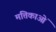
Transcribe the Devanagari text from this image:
मत्तिकाओं